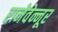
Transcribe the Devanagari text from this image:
रानेवेन्नूर